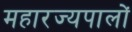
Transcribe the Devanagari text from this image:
महारज्यपालों